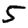
Digit: 5